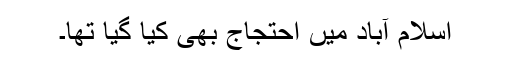
اسلام آباد میں احتجاج بھی کیا گیا تھا۔